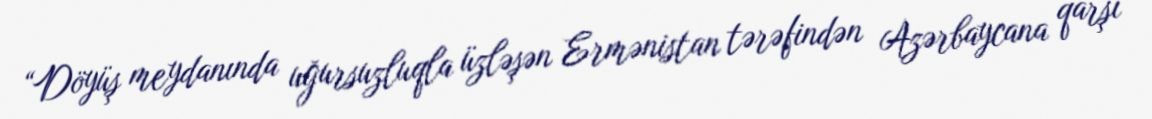
“Döyüş meydanında uğursuzluqla üzləşən Ermənistan tərəfindən Azərbaycana qarşı